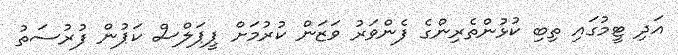
އަދި ޓީމުގައި ތިބި ކުޅުންތެރިންގެ ފެންވަރު ވަޒަން ކުރުމަށް ޕީޕަލްސް ކަޕުން ފުރުސަތު